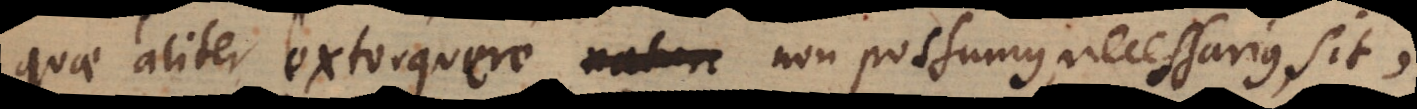
quae aliter extorquere _ non possumus necessarius sit,